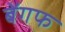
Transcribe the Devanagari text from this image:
बेंगफ